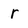
Character: r